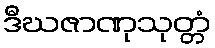
ဒီဃဇာဏုသုတ္တံ